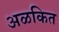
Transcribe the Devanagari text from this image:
अळकित